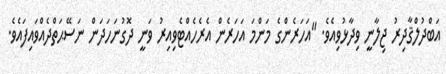
އަބްދުލްޤާދިރު ޖިލާނީ ވިދާޅުވިއެވެ. "އަހަރެންގެ މަންމަ އަހަރެން އެރެހެއްޓެވިއިރު ވަނީ ދޮގުނަހަދަން ނަސޭޙަތްދެއްވައިފައެވެ.